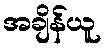
အချိန်ယူ